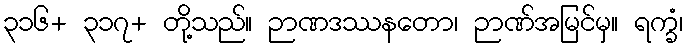
၃၁၆+ ၃၁၇+ တို့သည်။ ဉာဏဒဿနတော၊ ဉာဏ်အမြင်မှ။ ရက္ခံ၊